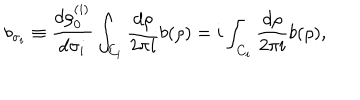
b _ { \sigma _ { i } } \equiv { \frac { d \rho _ { 0 } ^ { ( i ) } } { d \sigma _ { i } } } \int _ { C _ { i } } { \frac { d \rho } { 2 \pi i } } b ( \rho ) = i \int _ { C _ { i } } { \frac { d \rho } { 2 \pi i } } b ( \rho ) ,